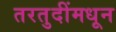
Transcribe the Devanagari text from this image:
तरतुदींमधून